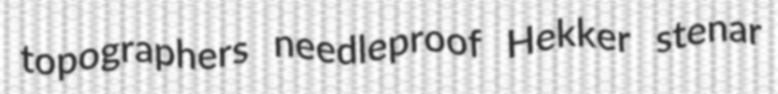
topographers needleproof Hekker stenar